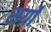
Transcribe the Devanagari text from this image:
सर्ग्रों